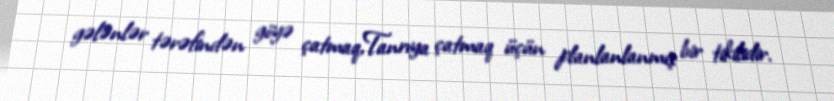
gələnlər tərəfindən göyə çatmaq,Tanrıya çatmaq üçün planlanlanmış bir tikilidir.